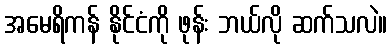
အမေရိကန် နိုင်ငံကို ဖုန်း ဘယ်လို ဆက်သလဲ။